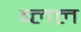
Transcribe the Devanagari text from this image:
ब्लल